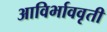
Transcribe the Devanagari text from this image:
आविर्भाववृती